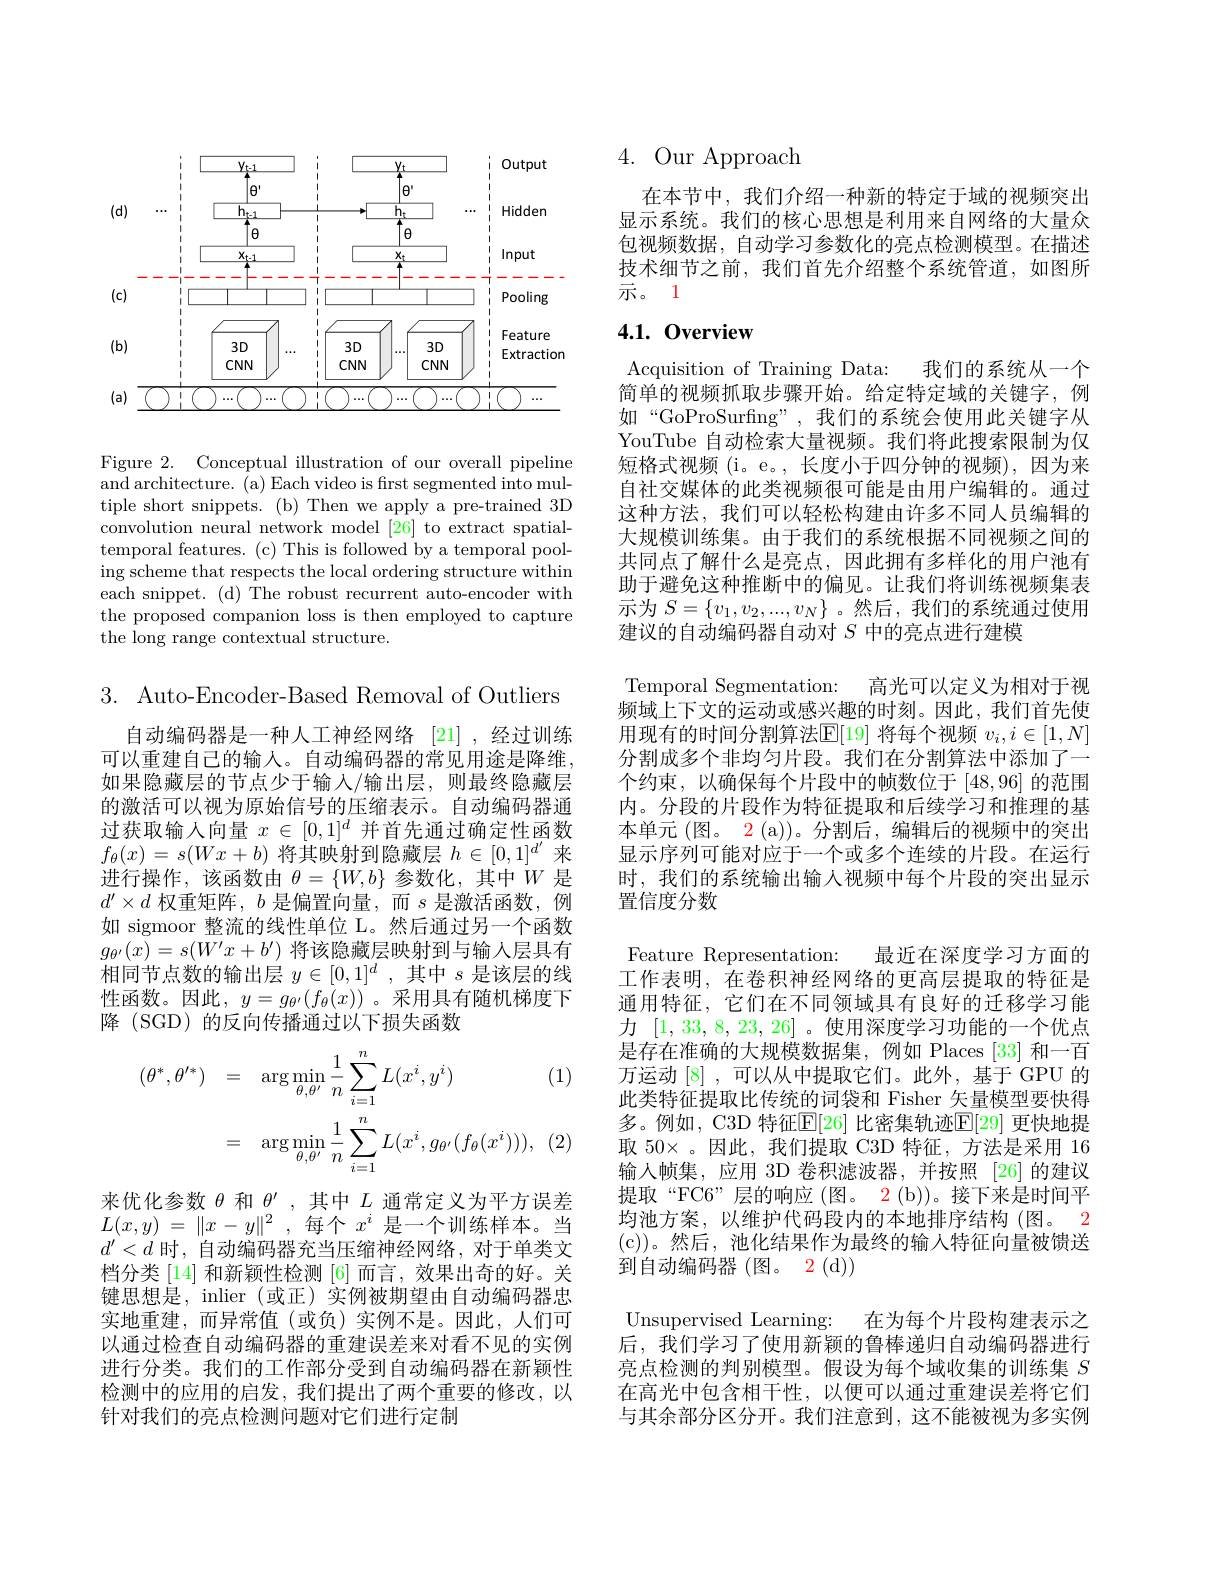
<FigureHere>

Figure 2. Conceptual illustration of our overall pipeline and architecture. (a) Each video is frst segmented into multiple short snippets.(b) Then we apply a pre-trained 3D convolution neural network model [26] to extract spatialtemporal features. (c) This is followed by a temporal pooling scheme that respects the local ordering structure within each snippet. (d) The robust recurrent auto-encoder with the proposed companion loss is then employed to capture the long range contextual structure.

3. Auto-Encoder-Based Removal of Outliers

自动编码器是一种人工神经网络[21] ,经过训练可以重建自己的输人。自动编码器的常见用途是降维， 如果隐藏层的节点少于输入/输出层，则最终隐藏层的激活可以视为原始信号的压缩表示。自动编码器通过获取输人向量$x\in[0,1]^d$并首先通过确定性函数$f_\theta(x)=s(Wx+b)$将其映射到隐藏层$h\in[0,1]^d^{\prime}$来进行操作，该函数由$\theta=\{W,b\}$参数化，其中$W$是$d^{\prime}\times d$权重矩阵，$b$是偏置向量，而$s$是激活函数，例如 sigmoor 整流的线性单位 L。然后通过另一个函数$g_{\theta^{\prime}}(x)=s(\overline{W^{\prime}x+b^{\prime}})$将该隐藏层映射到与输人层具有相同节点数的输出层$y\in[0,1]^d$,其中$s$是该层的线性函数。因此，$y=g_{\theta^{\prime}}(f_\theta(x))$ 。采用具有随机梯度下降 (SGD) 的反向传播通过以下损失函数

(1)
$$\begin{aligned}(\theta^{*},\theta^{\prime*})&=\quad\arg\min_{\theta,\theta^{\prime}}\frac{1}{n}\sum_{i=1}^{n}L(x^{i},y^{i})\\&=\quad\arg\min_{\theta,\theta^{\prime}}\frac{1}{n}\sum_{i=1}^{n}L(x^{i},g_{\theta^{\prime}}(f_{\theta}(x^{i}))),\end{aligned}$$
来优化参数$\theta$和$\theta^\prime$,其中$L$通常定义为平方误差$L( x, y)$ = $\| x- y\| ^2$ , 每个 $x^i$ 是一个训练样本。当$d^{\prime}<d$时，自动编码器充当压缩神经网络，对于单类文档分类[14] 和新颖性检测[6]而言，效果出奇的好。关键思想是，inlier (或正)实例被期望由自动编码器忠实地重建，而异常值(或负)实例不是。因此，人们可以通过检查自动编码器的重建误差来对看不见的实例进行分类。我们的工作部分受到自动编码器在新颖性检测中的应用的启发，我们提出了两个重要的修改，以针对我们的亮点检测问题对它们进行定制

## 4. Our Approach

在本节中，我们介绍一种新的特定于域的视频突出显示系统。我们的核心思想是利用来自网络的大量众包视频数据，自动学习参数化的亮点检测模型。在描述技术细节之前，我们首先介绍整个系统管道，如图所示。1

## 4.1.0verview

Acquisition of Training Data: 我们的系统从一个简单的视频抓取步骤开始。给定特定域的关键字，例如“GoProSurfing”,我们的系统会使用此关键字从YouTube 自动检索大量视频。我们将此搜索限制为仅短格式视频 (i。e。,长度小于四分钟的视频),因为来自社交媒体的此类视频很可能是由用户编辑的。通过这种方法，我们可以轻松构建由许多不同人员编辑的大规模训练集。由于我们的系统根据不同视频之间的共同点了解什么是亮点，因此拥有多样化的用户池有助于避免这种推断中的偏见。让我们将训练视频集表示为$S=\{v_1,v_2,...,v_N\}$ 。然后，我们的系统通过使用建议的自动编码器自动对$S$中的亮点进行建模
Temporal Segmentation: 高光可以定义为相对于视频域上下文的运动或感兴趣的时刻。因此，我们首先使用现有的时间分割算法$\mathbb{E}[$19] 将每个视频 $v_i,i\in[1,N]$ 分割成多个非均匀片段。我们在分割算法中添加了一个约束，以确保每个片段中的帧数位于[48,96]的范围内。分段的片段作为特征提取和后续学习和推理的基本单元 (图。2 (a))。分割后，编辑后的视频中的突出显示序列可能对应于一个或多个连续的片段。在运行时，我们的系统输出输入视频中每个片段的突出显示置信度分数

Feature Representation: 最近在深度学习方面的工作表明，在卷积神经网络的更高层提取的特征是通用特征，它们在不同领域具有良好的迁移学习能力[1,33,8,23,26] 。使用深度学习功能的一个优点是存在准确的大规模数据集，例如 Places [33] 和一百万运动[8] ,可以从中提取它们。此外，基于 GPU 的此类特征提取比传统的词袋和 Fisher 矢量模型要快得多。例如，C3D 特征$\mathbb{E}[26]$ 比密集轨迹$\mathbb{E}[29]$ 更快地提取 50×。因此，我们提取 C3D 特征，方法是采用 16输入帧集，应用 3D 卷积滤波器，并按照 [26] 的建议提取“FC6”层的响应(图。$2( b) ) 。接 下 来 是 时 间 平$ 均池方案，以维护代码段内的本地排序结构(图。2 (c))。然后，池化结果作为最终的输入特征向量被馈送到自动编码器(图。2(d))
Unsupervised Learning: 在为每个片段构建表示之后，我们学习了使用新颖的鲁棒递归自动编码器进行亮点检测的判别模型。假设为每个域收集的训练集$S$

在高光中包含相干性，以便可以通过重建误差将它们与其余部分区分开。我们注意到，这不能被视为多实例